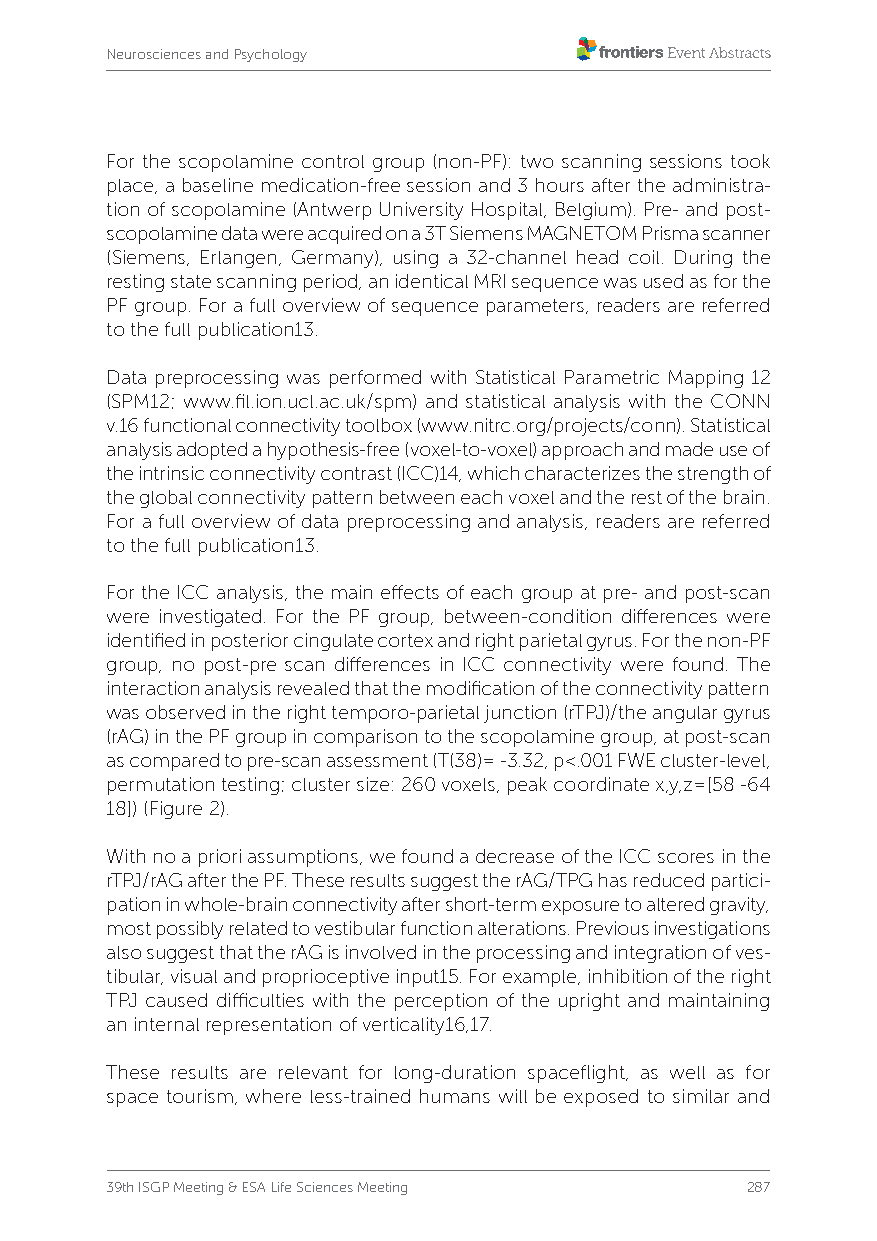
Neurosciences and Psychology
 For the scopolamine control group (non-PF): two scanning sessions took
 place, a baseline medication-free session and 3 hours after the administra-
 tion of scopolamine (Antwerp University Hospital, Belgium). Pre- and post-
 scopolamine data were acquired on a 3T Siemens MAGNETOM Prisma scanner
 (Siemens, Erlangen, Germany), using a 32-channel head coil. During the
 resting state scanning period, an identical MRI sequence was used as for the
 PF group. For a full overview of sequence parameters, readers are referred
 to the full publication13.
 Data preprocessing was performed with Statistical Parametric Mapping 12
 (SPM12; www.fil.ion.ucl.ac.uk/spm) and statistical analysis with the CONN
 v.16 functional connectivity toolbox (www.nitrc.org/projects/conn). Statistical
 analysis adopted a hypothesis-free (voxel-to-voxel) approach and made use of
 the intrinsic connectivity contrast (ICC)14, which characterizes the strength of
 the global connectivity pattern between each voxel and the rest of the brain.
 For a full overview of data preprocessing and analysis, readers are referred
 to the full publication13.
 For the ICC analysis, the main effects of each group at pre- and post-scan
 were investigated. For the PF group, between-condition differences were
 identified in posterior cingulate cortex and right parietal gyrus. For the non-PF
 group, no post-pre scan differences in ICC connectivity were found. The
 interaction analysis revealed that the modification of the connectivity pattern
 was observed in the right temporo-parietal junction (rTPJ)/the angular gyrus
 (rAG) in the PF group in comparison to the scopolamine group, at post-scan
 as compared to pre-scan assessment (T(38)= -3.32, p<.001 FWE cluster-level,
 permutation testing; cluster size: 260 voxels, peak coordinate x,y,z=[58 -64
 18]) (Figure 2).
 With no a priori assumptions, we found a decrease of the ICC scores in the
 rTPJ/rAG after the PF. These results suggest the rAG/TPG has reduced partici-
 pation in whole-brain connectivity after short-term exposure to altered gravity,
 most possibly related to vestibular function alterations. Previous investigations
 also suggest that the rAG is involved in the processing and integration of ves-
 tibular, visual and proprioceptive input15. For example, inhibition of the right
 TPJ caused difficulties with the perception of the upright and maintaining
 an internal representation of verticality16,17.
 These results are relevant for long-duration spaceflight, as well as for
 space tourism, where less-trained humans will be exposed to similar and
 39th ISGP Meeting & ESA Life Sciences Meeting 287